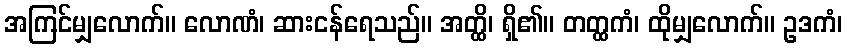
အကြင်မျှလောက်။ လောဏံ၊ ဆားငန်ရေသည်။ အတ္ထိ၊ ရှိ၏။ တတ္ထကံ၊ ထိုမျှလောက်။ ဥဒကံ၊